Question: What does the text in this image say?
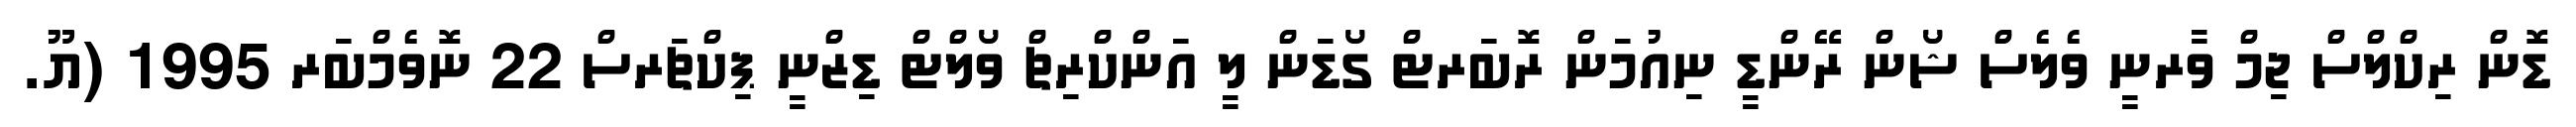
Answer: ޑޮން ރިކްލްސް ޖިމް ވާރނީ ވެލެސް ޝޯން ރޭންޑީ ނިއުމަން ރޮބަރޓް ގޯޑަން ލީ އަންކްރިޗް ވޯލްޓް ޑިޒްނީ ޕިކްޗަރސް 22 ނޮވެމްބަރ 1995 (ޔޫ.